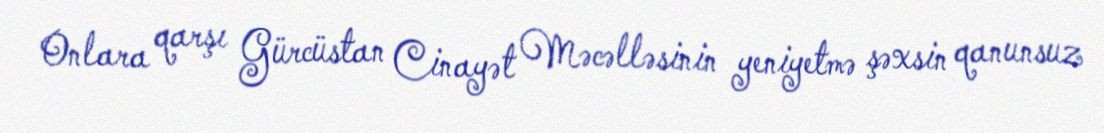
Onlara qarşı Gürcüstan Cinayət Məcəlləsinin yeniyetmə şəxsin qanunsuz